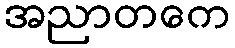
အညာတကေ